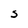
Character: S